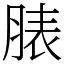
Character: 脿